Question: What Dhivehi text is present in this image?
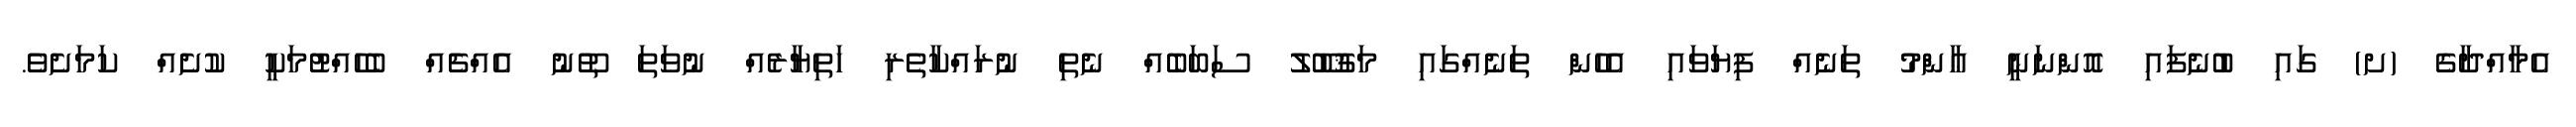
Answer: އެމާއްދާގެ (ށ) ގައި ބުނެފައި އޮންނަނީ ޢާންމު ތަނެއް ފިޔަވައި އެހެން ތަނެއްގައި މަޤުބޫލު ސަބަބެއް ނެތި ނުރައްކާތެރި ހަތިޔާރެއް ނުވަތަ ތޫނު އެއްޗެއް ބެހެއްޓުމަކީ ކުށެއް ކަމަށެވެ.